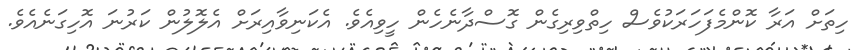
ހިތަށް އަރާ ކޮންމެފަހަރަކުވެސް ހިތްވިރިގެން ގޮސްދާނެހެން ހީވިއެވެ. އެކަނިވާއިރަށް އެލޮލުން ކަރުނަ އޮހިގަނެއެވެ.